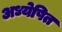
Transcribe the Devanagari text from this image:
अध्येषित